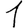
Digit: 1